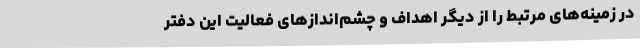
در زمینه‌های مرتبط را از دیگر اهداف و چشم‌اندازهای فعالیت این دفتر